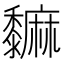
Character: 𪐎